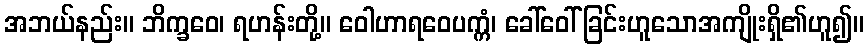
အဘယ်နည်း။ ဘိက္ခဝေ၊ ရဟန်းတို့။ ဝေါဟာရဝေပက္ကံ၊ ခေါ်ဝေါ်ခြင်းဟူသောအကျိုးရှိ၏ဟူ၍။